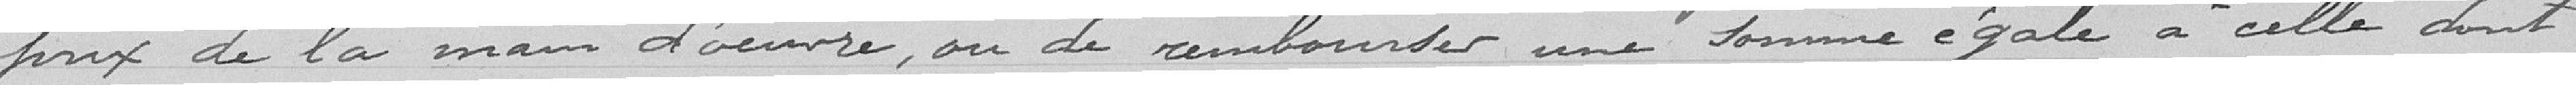
prix de la main d'oeuvre, ou de rembourser une somme égale à celle dont